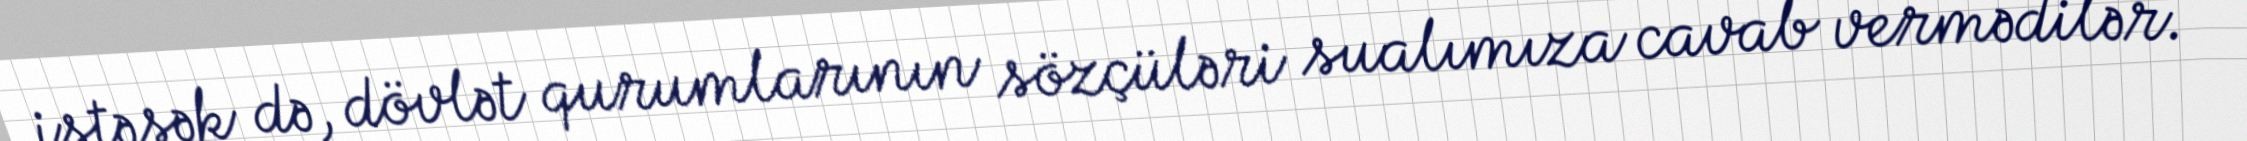
istəsək də, dövlət qurumlarının sözçüləri sualımıza cavab vermədilər.